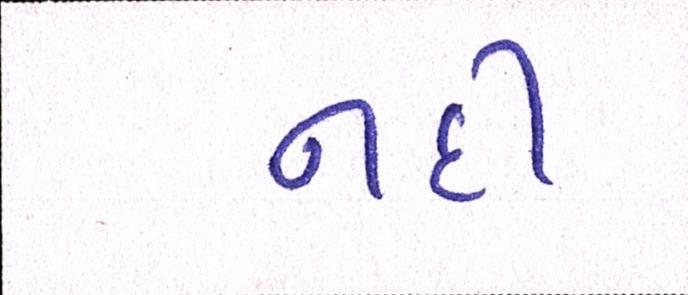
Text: નદી